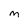
Character: M